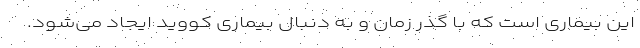
این بیماری است که با گذر زمان و به دنبال بیماری کووید ایجاد می‌شود.